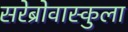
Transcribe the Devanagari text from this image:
सरेब्रोवास्कुला